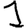
Digit: 1